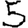
Digit: 5